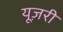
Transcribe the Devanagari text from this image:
यूज़री